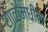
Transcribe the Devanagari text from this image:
शाळेमधील